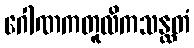
ဂေါဏကတူလိကသန္ထတံ